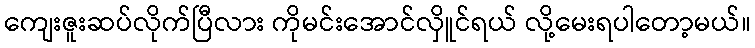
ကျေးဇူးဆပ်လိုက်ပြီလား ကိုမင်းအောင်လှိူင်ရယ် လို့မေးရပါတော့မယ်။